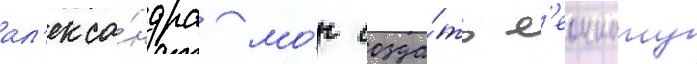
ал'екса́ндра мо́г созда́ть л'еоннату